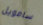
سامويل